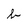
Character: b